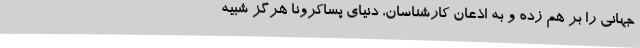
جهانی را بر هم زده و به اذعان کارشناسان، دنیای پساکرونا هرگز شبیه